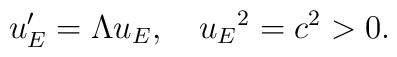
u_E'=\Lambda u_E,\quad {u_E}^2=c^2>0.